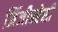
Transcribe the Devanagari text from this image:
जिंजीबरेसी